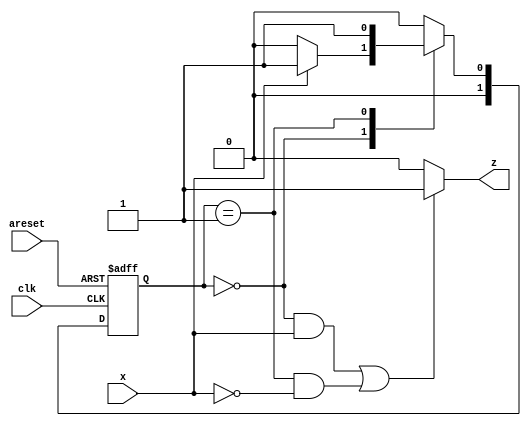
//The following diagram is a Mealy machine implementation of the 2's complementer. Implement using one-hot encoding.

//x = 7'b0110100 //52
//z = 7'b1001100 //76 = 8'b10000000 - 52
//x + z = 8'b1000_0000

module top_module (
    input clk,
    input areset,
    input x,
    output z
); 

    parameter A = 0, B = 1;

    reg [1:0] state, next_state;

    always @(*)begin
        case (state)
            A: next_state = x ? B : A;
            B: next_state = B;
            default: next_state = A;
        endcase
    end
    
    always @(posedge clk or posedge areset)begin
        if (areset)begin
            state <= A;
        end
        else begin
            state <= next_state;
        end
    end
    
    assign z = (((state == A) && (x == 1)) || ((state == B) && (x == 0))) ? 1 : 0;

endmodule